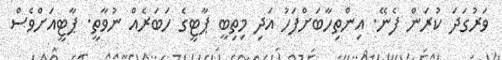
ވަރުގަދަ ކުރަން ފެނޭ. އިންތިހާބަށްފަހު އަދި މިތިބީ ޕާޓީގެ ހަބަރެއް ނުވާތީ. ޕާޓީއަށްވެސް